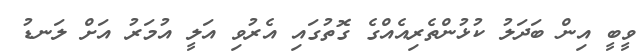
ވީބީ އިން ބަދަލު ކުޅުންތެރިއެއްގެ ގޮތުގައި އެރުވި އަލީ އުމަރު އަށް ލަނޑު